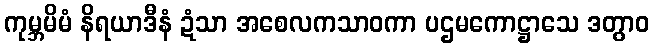
ကုမ္ဘမိမံ နိရယာဒီနံ ဍံသာ အစေလကသာဝကာ ပဌမကောဋ္ဌာသေ ဒတွာဝ